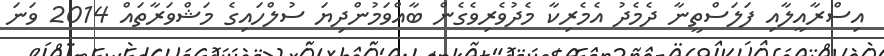
އިސްރާއީލާއި ފަލަސްތީނާ ދެމެދު އެމެރިކާ މެދުވެރިވެގެން ބާއްވަމުންދިޔަ ސުލްހައިގެ މަޝްވަރާތައް 2014 ވަނަ